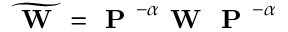
\widetilde { \textbf { W } } = \textbf { P } ^ { - \alpha } \textbf { W } \textbf { P } ^ { - \alpha }